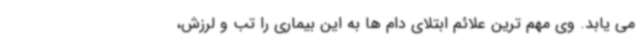
می یابد. وی مهم ترین علائم ابتلای دام ها به این بیماری را تب و لرزش،